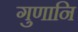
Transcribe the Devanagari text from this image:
गुणानि